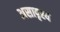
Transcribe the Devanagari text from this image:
असादृश्य